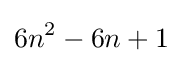
6n^{2}-6n+1